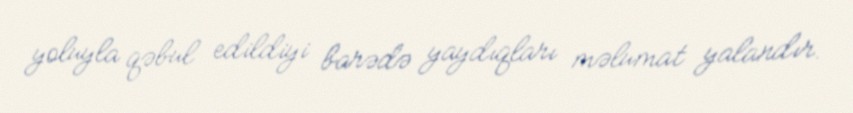
yoluyla qəbul edildiyi barədə yaydıqları məlumat yalandır.